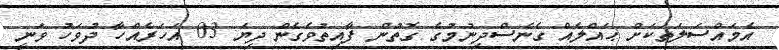
އެމައްސަލަތަކަށް ޙައްލެއް ގެނެސްދިނުމުގެ ގޮތުން ފާއިތުވެގެން ދިޔަ 03 އަހަރެއްހާ ދުވަހު ވަނީ